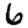
Digit: 6